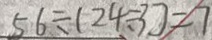
5 6 \div ( 2 4 \div 3 ) = 7